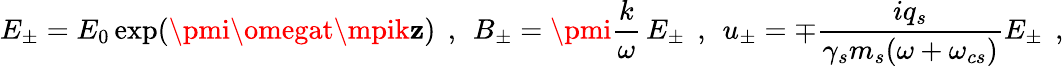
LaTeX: E_{\pm}=E_{0}\exp(\pmi\omegat\mpik\mathbf{z})\, \; ,\, \; B_{\pm}=\pmi\frac{{k}}{{\omega}}\, E_{\pm}\, \; ,\, \; u_{\pm}=\mp\frac{{iq_{s}}}{{\gamma_{s}m_{s}(\omega+\omega_{cs})}}E_{\pm}\; \, ,